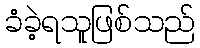
ခံခဲ့ရသူဖြစ်သည်